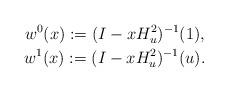
LaTeX: \begin{gather*}w^0(x):= (I-xH_u^2)^{-1}(1), \\w^1(x):= (I-xH_u^2)^{-1}(u).\end{gather*}